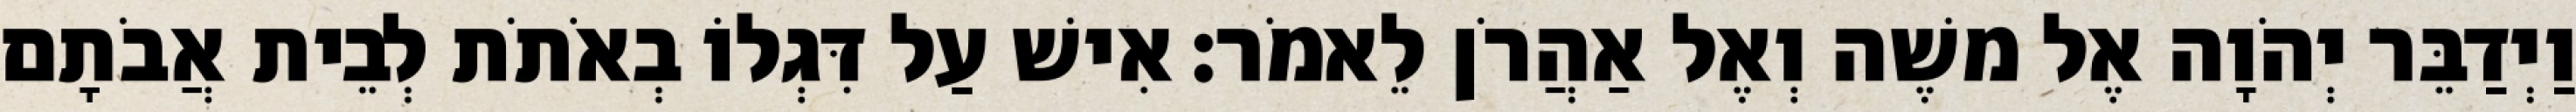
וַיְדַבֵּר יְהֹוָה אֶל משֶׁה וְאֶל אַהֲרֹן לֵאמֹר׃ אִישׁ עַל דִּגְלוֹ בְאֹתֹת לְבֵית אֲבֹתָם